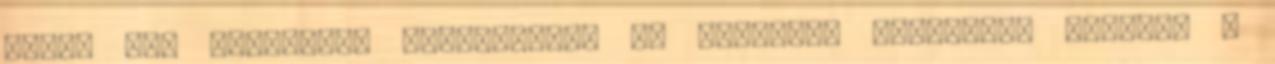
tehát hat tűzcsövet kiszerelték és helyüket lezárták, továbbá a